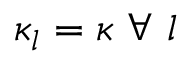
\kappa _ { l } = \kappa ~ \forall ~ l